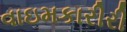
વાઇમકારીરી